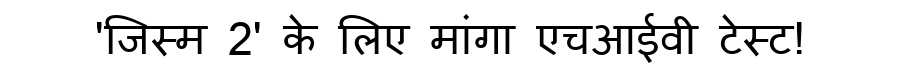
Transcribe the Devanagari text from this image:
'जिस्म 2' के लिए मांगा एचआईवी टेस्ट!